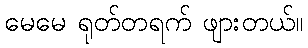
မေမေ ရုတ်တရက် ဖျားတယ်။